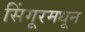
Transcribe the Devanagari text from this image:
सिंगूरमधून